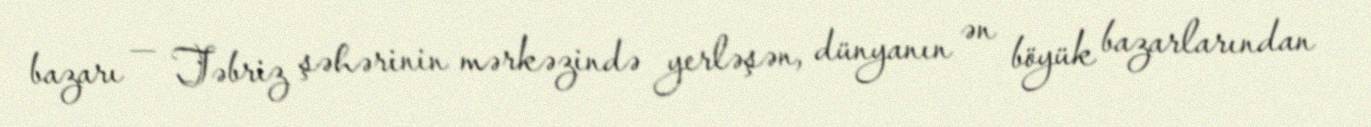
bazarı — Təbriz şəhərinin mərkəzində yerləşən, dünyanın ən böyük bazarlarından